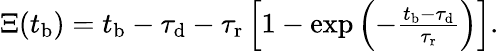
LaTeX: \begin{array}{r}{\Xi(t_{\mathrm{b}})=t_{\mathrm{b}}-\tau_{\mathrm{d}}-\tau_{\mathrm{r}}\left[1-\exp\left(-\frac{t_{\mathrm{b}}-\tau_{\mathrm{d}}}{\tau_{\mathrm{r}}}\right)\right].}\end{array}